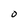
Character: O